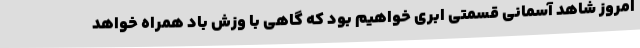
امروز شاهد آسمانی قسمتی ابری خواهیم بود که گاهی با وزش باد همراه خواهد